Cholera in southern India
Disease focus: Cholera
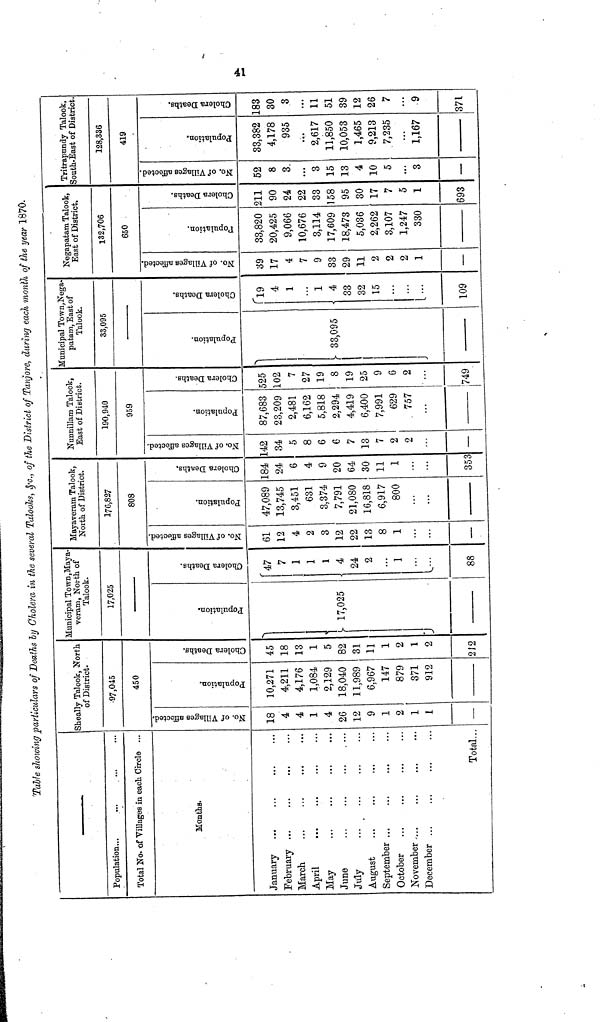
'Table showing particulars of Deaths by Cholera in the several Talooks, &c, of the District of Tanjore, during each month of the year 1870.
Population...
Total No. of "Villages in each Circle ...
Months.
January
February ...
March
...
April
May
June
July
August
September ...
October
November ...
December ...
Total...
Sheally Talook, North
of District.
97,045
450
No. of Villages affected.
18
4
4
1
4
26
12
9
1
2
1
1
—
Population.
10,271
4,211
4,176
1,084
2,129
18,040
11,989
6,967
147
879
371
912
Cholera Deaths.
45
18
13
1
5
82
31
11
1
2
i
2
212
Municipal Town,Maya
veram, North of
Talook.
17,025
No. of Villages affected.
17,025
Population..
47
7
1
1
1
4
24
2
1
88
Mayaveram Talook,
North of District.
170,827
808
Cholera Deaths.
61
12
4
2
3
12
22
13
8
1
—
No. of Villages affected.
47,089
13,745
3,451
631
3,374
7,791
21,080
16,818
6,917
800
Population.
184
24
6
4
9
20
64
30
11
1
353
Nunnillam Talook,
East of District.
190,940
959
Cholera Deaths.
142
34
5
8
6
6
7
13
7
2
2
—
Population
87,683
23,209
2,481
6,162
5,818
2,294
4,419
6,400
7,991
629
757
Cholera Deaths.
525
102
7
27
19
8
19
25
9
6
2
749
Municipal Town,Nega
patam, East of
Talook.
33,095
.
Population.
33,095
Cholera Deaths.
l9
4
1
1
4
33
32
15
109
Negapatam Talook,
East of District.
132,706
650
No. of Villages affected.
39
17
4
7
9
33
29
11
2
2
?,
1
—
Population.
33,820
20,425
9,066
10,676
3,114
17,609
18,473
5,036
2,262
3,107
1,247
330
Cholera Deaths.
211
90
24
22
33
158
95
30
17
7
5
1
693
Tritrapundy Talook,
South-East of District.
128,336
419
No. of Villages affected.
52
8
3
...
3
15
13
4
10
5
3
—
Population.
33,382
4,178
935
...
2,617
11,850
10,053
1,465
9,213
7,235
1,167
Cholera Detaths.
183
30
3
...
11
51
39
12
26
7
9
371
41